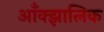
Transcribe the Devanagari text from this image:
आँक्झालिक